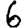
Digit: 6